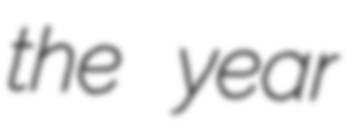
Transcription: the year